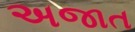
અજાત